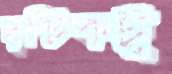
দৃষ্টিকটু